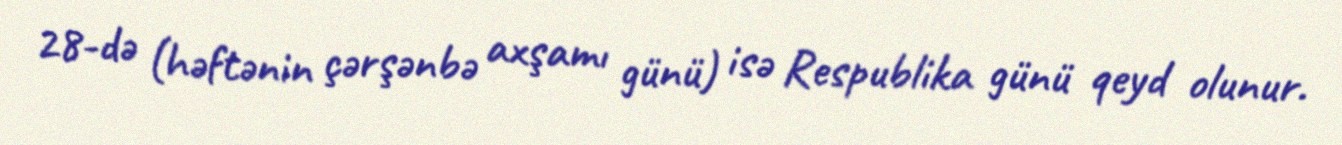
28-də (həftənin çərşənbə axşamı günü) isə Respublika günü qeyd olunur.